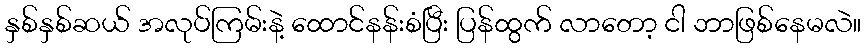
နှစ်နှစ်ဆယ် အလုပ်ကြမ်းနဲ့ ထောင်နန်းစံပြီး ပြန်ထွက် လာတော့ ငါ ဘာဖြစ်နေမလဲ။